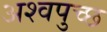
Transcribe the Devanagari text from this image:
अश्वपुच्छ